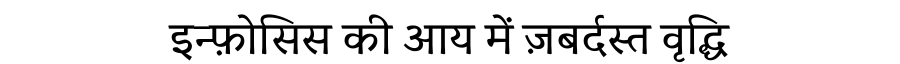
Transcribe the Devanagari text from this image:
इन्फ़ोसिस की आय में ज़बर्दस्त वृद्धि